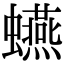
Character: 𧔦